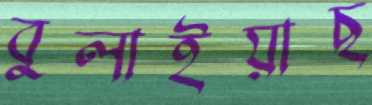
বুলাইয়াছ